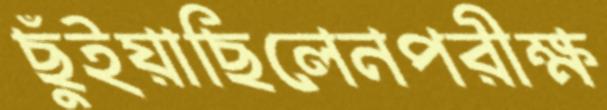
ছুঁইয়াছিলেনপরীক্ষ